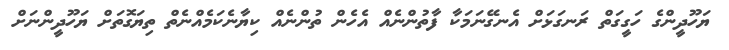
ޔަހޫދީންގެ ހަގީގަތް ރަނގަޅަށް އެނގޭނަމަކާ ފާތުންނެއް އެހެން ތުންނެއް ކިޔާނެކަމެއްނެތް ތިޔަގޮތަށް ޔަހޫދީންނަށް